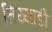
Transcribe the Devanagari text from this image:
तिय्याडी